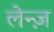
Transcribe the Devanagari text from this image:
लेन्ज़